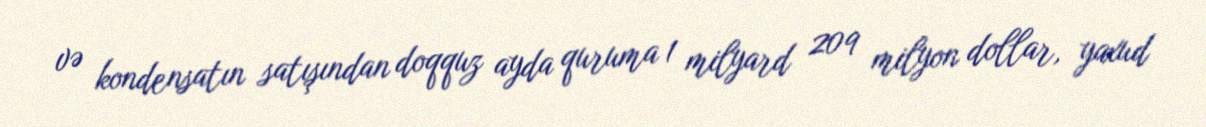
və kondensatın satışından doqquz ayda quruma 1 milyard 209 milyon dollar, yaxud